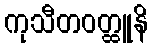
ကုသီတဝတ္ထူနိ